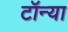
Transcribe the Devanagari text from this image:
टॉन्या